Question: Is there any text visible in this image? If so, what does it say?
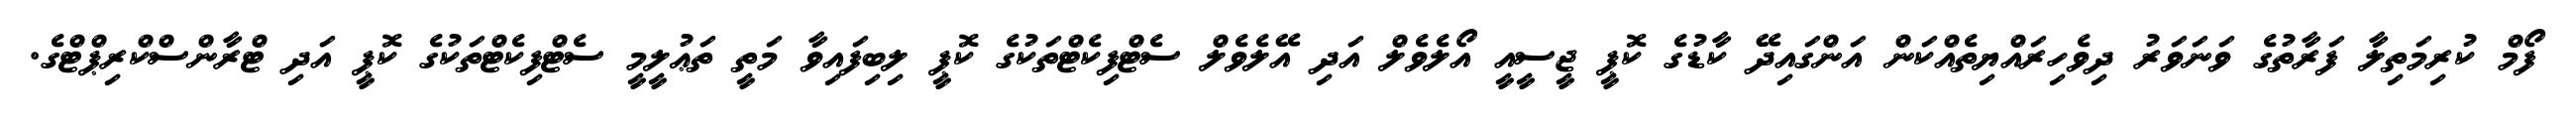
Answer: ފޯމް ކުރިމަތިލާ ފަރާތުގެ ވަނަވަރު ދިވެހިރައްޔިތެއްކަން އަންގައިދޭ ކާޑުގެ ކޮޕީ ޖީސީއީ އޯލެވެލް އަދި އޭލެވެލް ސެޓްފިކެޓްތަކުގެ ކޮޕީ ލިބިފައިވާ މަތީ ތަޢުލީމީ ސެޓްފިކެޓްތަކުގެ ކޮޕީ އަދި ޓްރާންސްކްރިޕްޓްގެ.